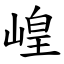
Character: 崲